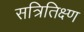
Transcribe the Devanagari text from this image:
सत्रितिक्ष्ण